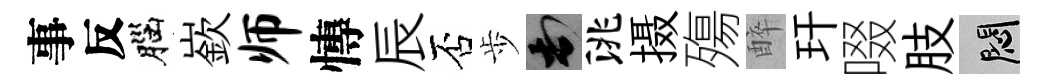
事反腦嶔师慱辰否歩頓洮摄殤醉玕啜肢悶